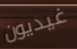
غيديون